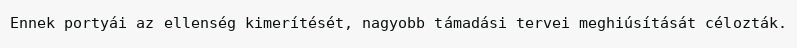
Ennek portyái az ellenség kimerítését, nagyobb támadási tervei meghiúsítását célozták.